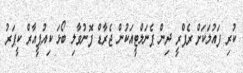
ކުރި ފައުލަކަށް ރެފްރީ ދިން ޕެނަލްޓީއަކުން ޖެރާޑް ފޮނުވާލި ބޯޅަ ކިއުޕީއާރް ކީޕަރު